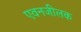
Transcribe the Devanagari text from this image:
एवनजीलक